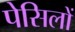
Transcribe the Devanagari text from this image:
पेसिलों